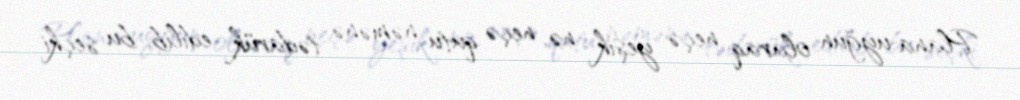
Plana uyğun olaraq neçə yeşik nə, neçə qutu nəmənə tədarük edilib, bu seçki